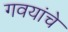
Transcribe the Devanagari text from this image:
गवयांचे